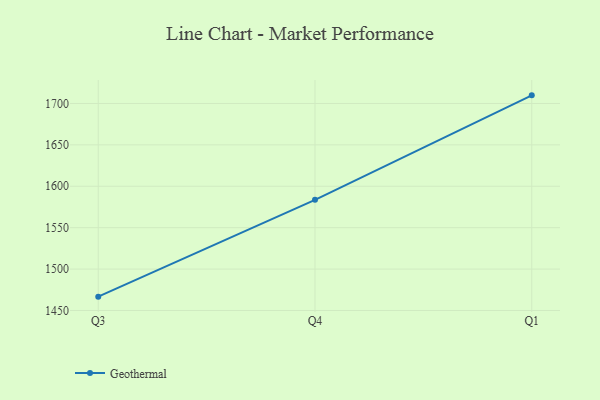
{"axis": {"x": "Quarter", "y": "Demand Index"}, "legend": ["Geothermal"], "data": [{"x": "Q3", "y": 1466.7, "type": "Geothermal"}, {"x": "Q4", "y": 1583.6, "type": "Geothermal"}, {"x": "Q1", "y": 1709.8, "type": "Geothermal"}]}